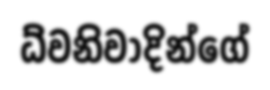
ධ්වනිවාදින්ගේ